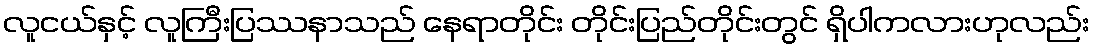
လူငယ်နှင့် လူကြီးပြဿနာသည် နေရာတိုင်း တိုင်းပြည်တိုင်းတွင် ရှိပါကလားဟုလည်း